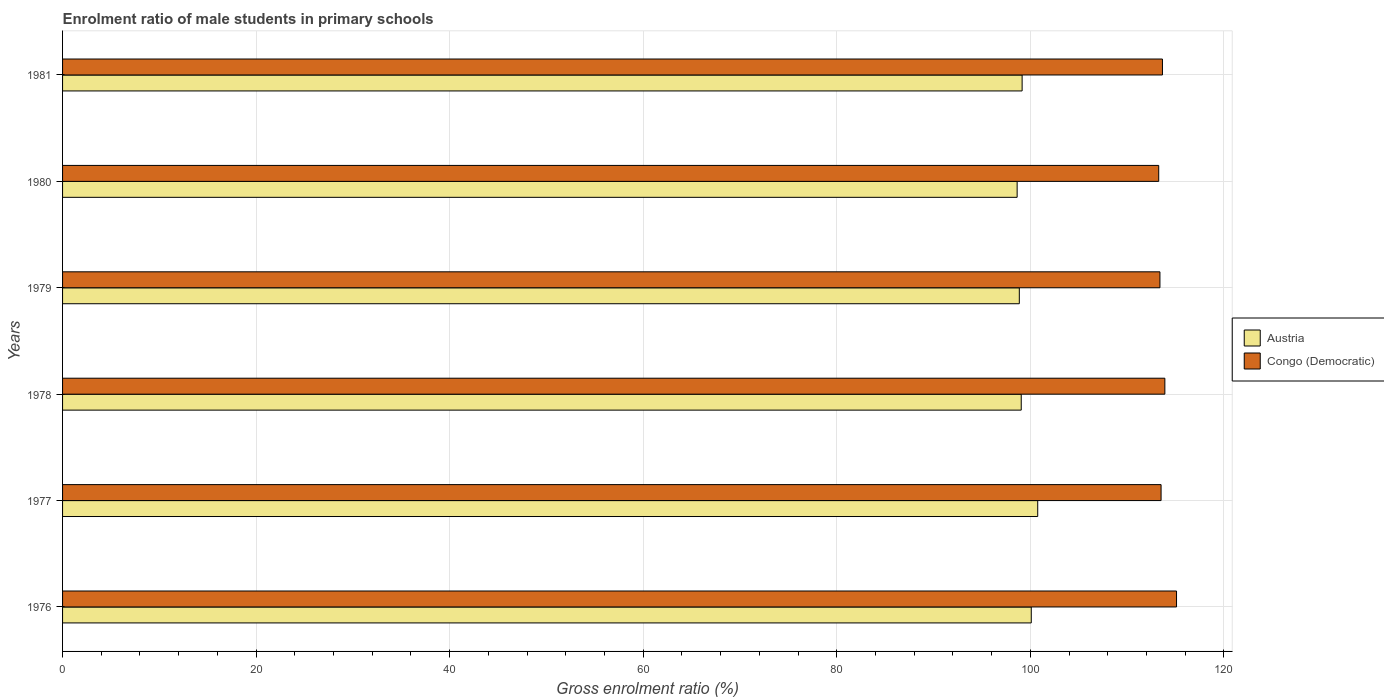
| Years | Austria | Congo (Democratic) |
 | --- | --- | --- |
 | 1976 | 100 | 115 |
 | 1977 | 101 | 114 |
 | 1978 | 99.1 | 114 |
 | 1979 | 98.9 | 113 |
 | 1980 | 98.6 | 113 |
 | 1981 | 99.2 | 114 |